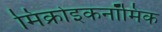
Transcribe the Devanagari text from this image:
मिक्रोइकनॉमिक